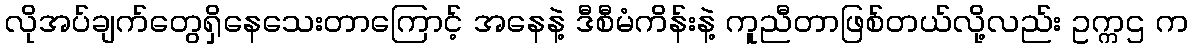
လိုအပ်ချက်တွေရှိနေသေးတာကြောင့် အနေနဲ့ ဒီစီမံကိန်းနဲ့ ကူညီတာဖြစ်တယ်လို့လည်း ဥက္ကဌ က